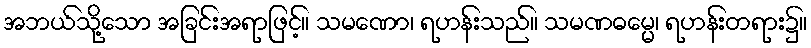
အဘယ်သို့သော အခြင်းအရာဖြင့်။ သမဏော၊ ရဟန်းသည်။ သမဏဓမ္မေ၊ ရဟန်းတရား၌။